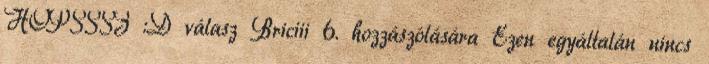
HOPSSSZ :D válasz Briciii 6. hozzászólására Ezen egyáltalán nincs